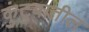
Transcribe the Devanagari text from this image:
कुंटुबातील